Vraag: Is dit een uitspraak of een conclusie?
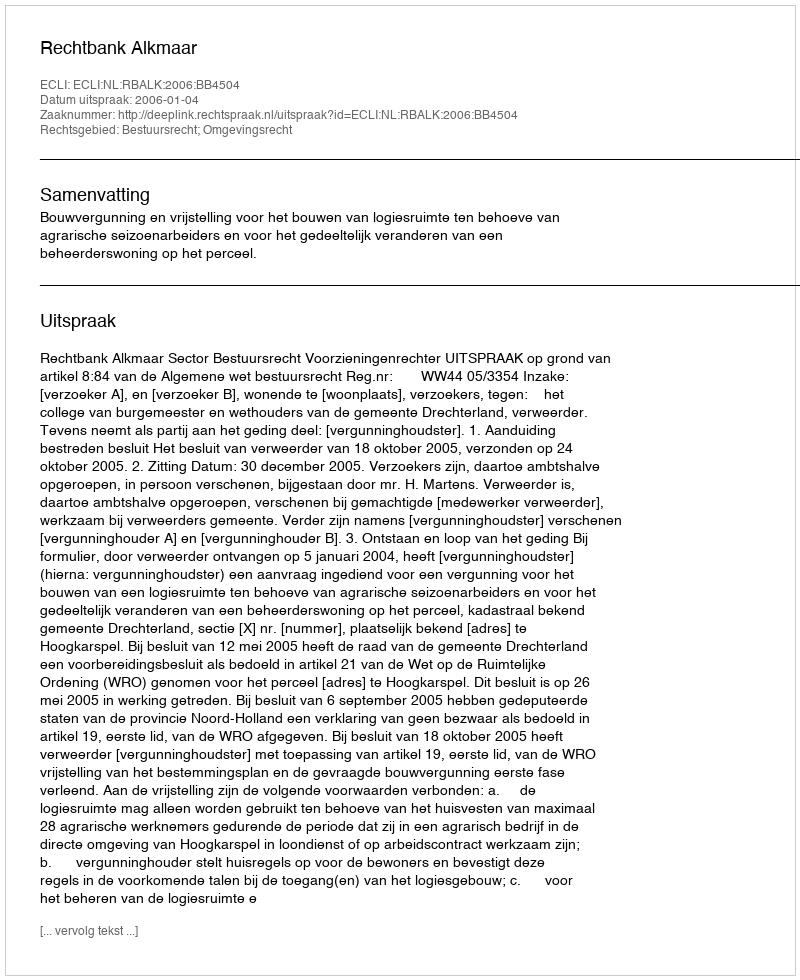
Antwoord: Uitspraak